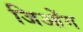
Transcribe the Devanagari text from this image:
जिओंग